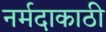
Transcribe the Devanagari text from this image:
नर्मदाकाठी